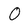
Character: O